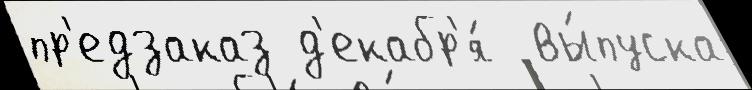
пр'едзаказ д'екабр'я́  вы́пуска